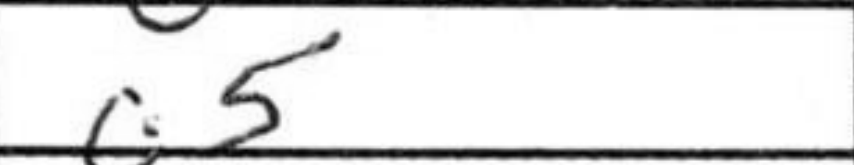
Transcription: c5